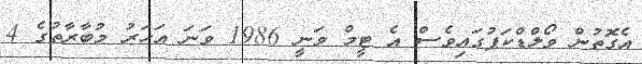
އެގޮތުން ވޯލްޑްކަޕުގައިވެސް އެ ޓީމް ވަނީ 1986 ވަނަ އަހަރު މުބާރާތުގެ 4